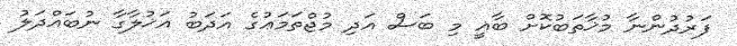
ފަރުދުންނާ މުޚާތަބުކޮށް ބާޣީ މި ބަސް އަދި މުޖްތަމަޢުގެ އަދަބު އަޚުލާގާ ނުބައްދަލު